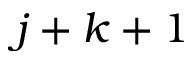
j + k + 1